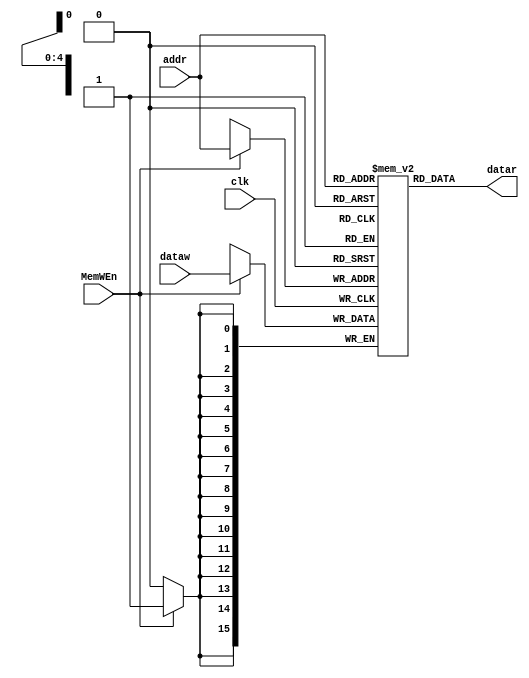
module dcmem #(
parameter MEM_ADDR_WIDTH=5,
parameter MEM_DATA_WIDTH=16,
parameter MEM_NUMBER=32
)(
input 										clk		,
input 										MemWEn,
input [MEM_ADDR_WIDTH-1:0]addr	,
input [MEM_DATA_WIDTH-1:0]dataw	,
output[MEM_DATA_WIDTH-1:0]datar
);

reg 	[MEM_DATA_WIDTH-1:0]RAM [MEM_NUMBER-1:0];

//read
assign datar = RAM[addr];

//write
always@(posedge clk)begin
	if (MemWEn) 
		RAM[addr]<=dataw;
	else;
end

endmodule